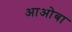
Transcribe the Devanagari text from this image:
आओबा